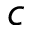
c